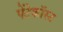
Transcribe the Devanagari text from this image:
पेंटेकॉस्ट